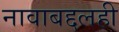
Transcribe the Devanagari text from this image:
नावाबद्दलही